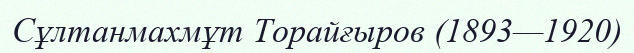
Сұлтанмахмұт Торайғыров (1893—1920)